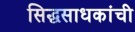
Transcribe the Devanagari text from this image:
सिद्धसाधकांची